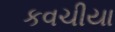
કવચીયા